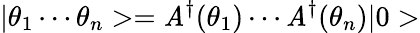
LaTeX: |\theta_{1}\cdots\theta_{n}>=\mathit{A}^{\dagger}(\theta_{1})\cdots\mathit{A}^{\dagger}(\theta_{n})|0>